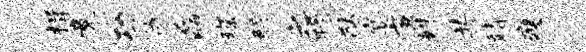
揖竟功伽磊琛醉之躁猷宴廉姝共靖瘦